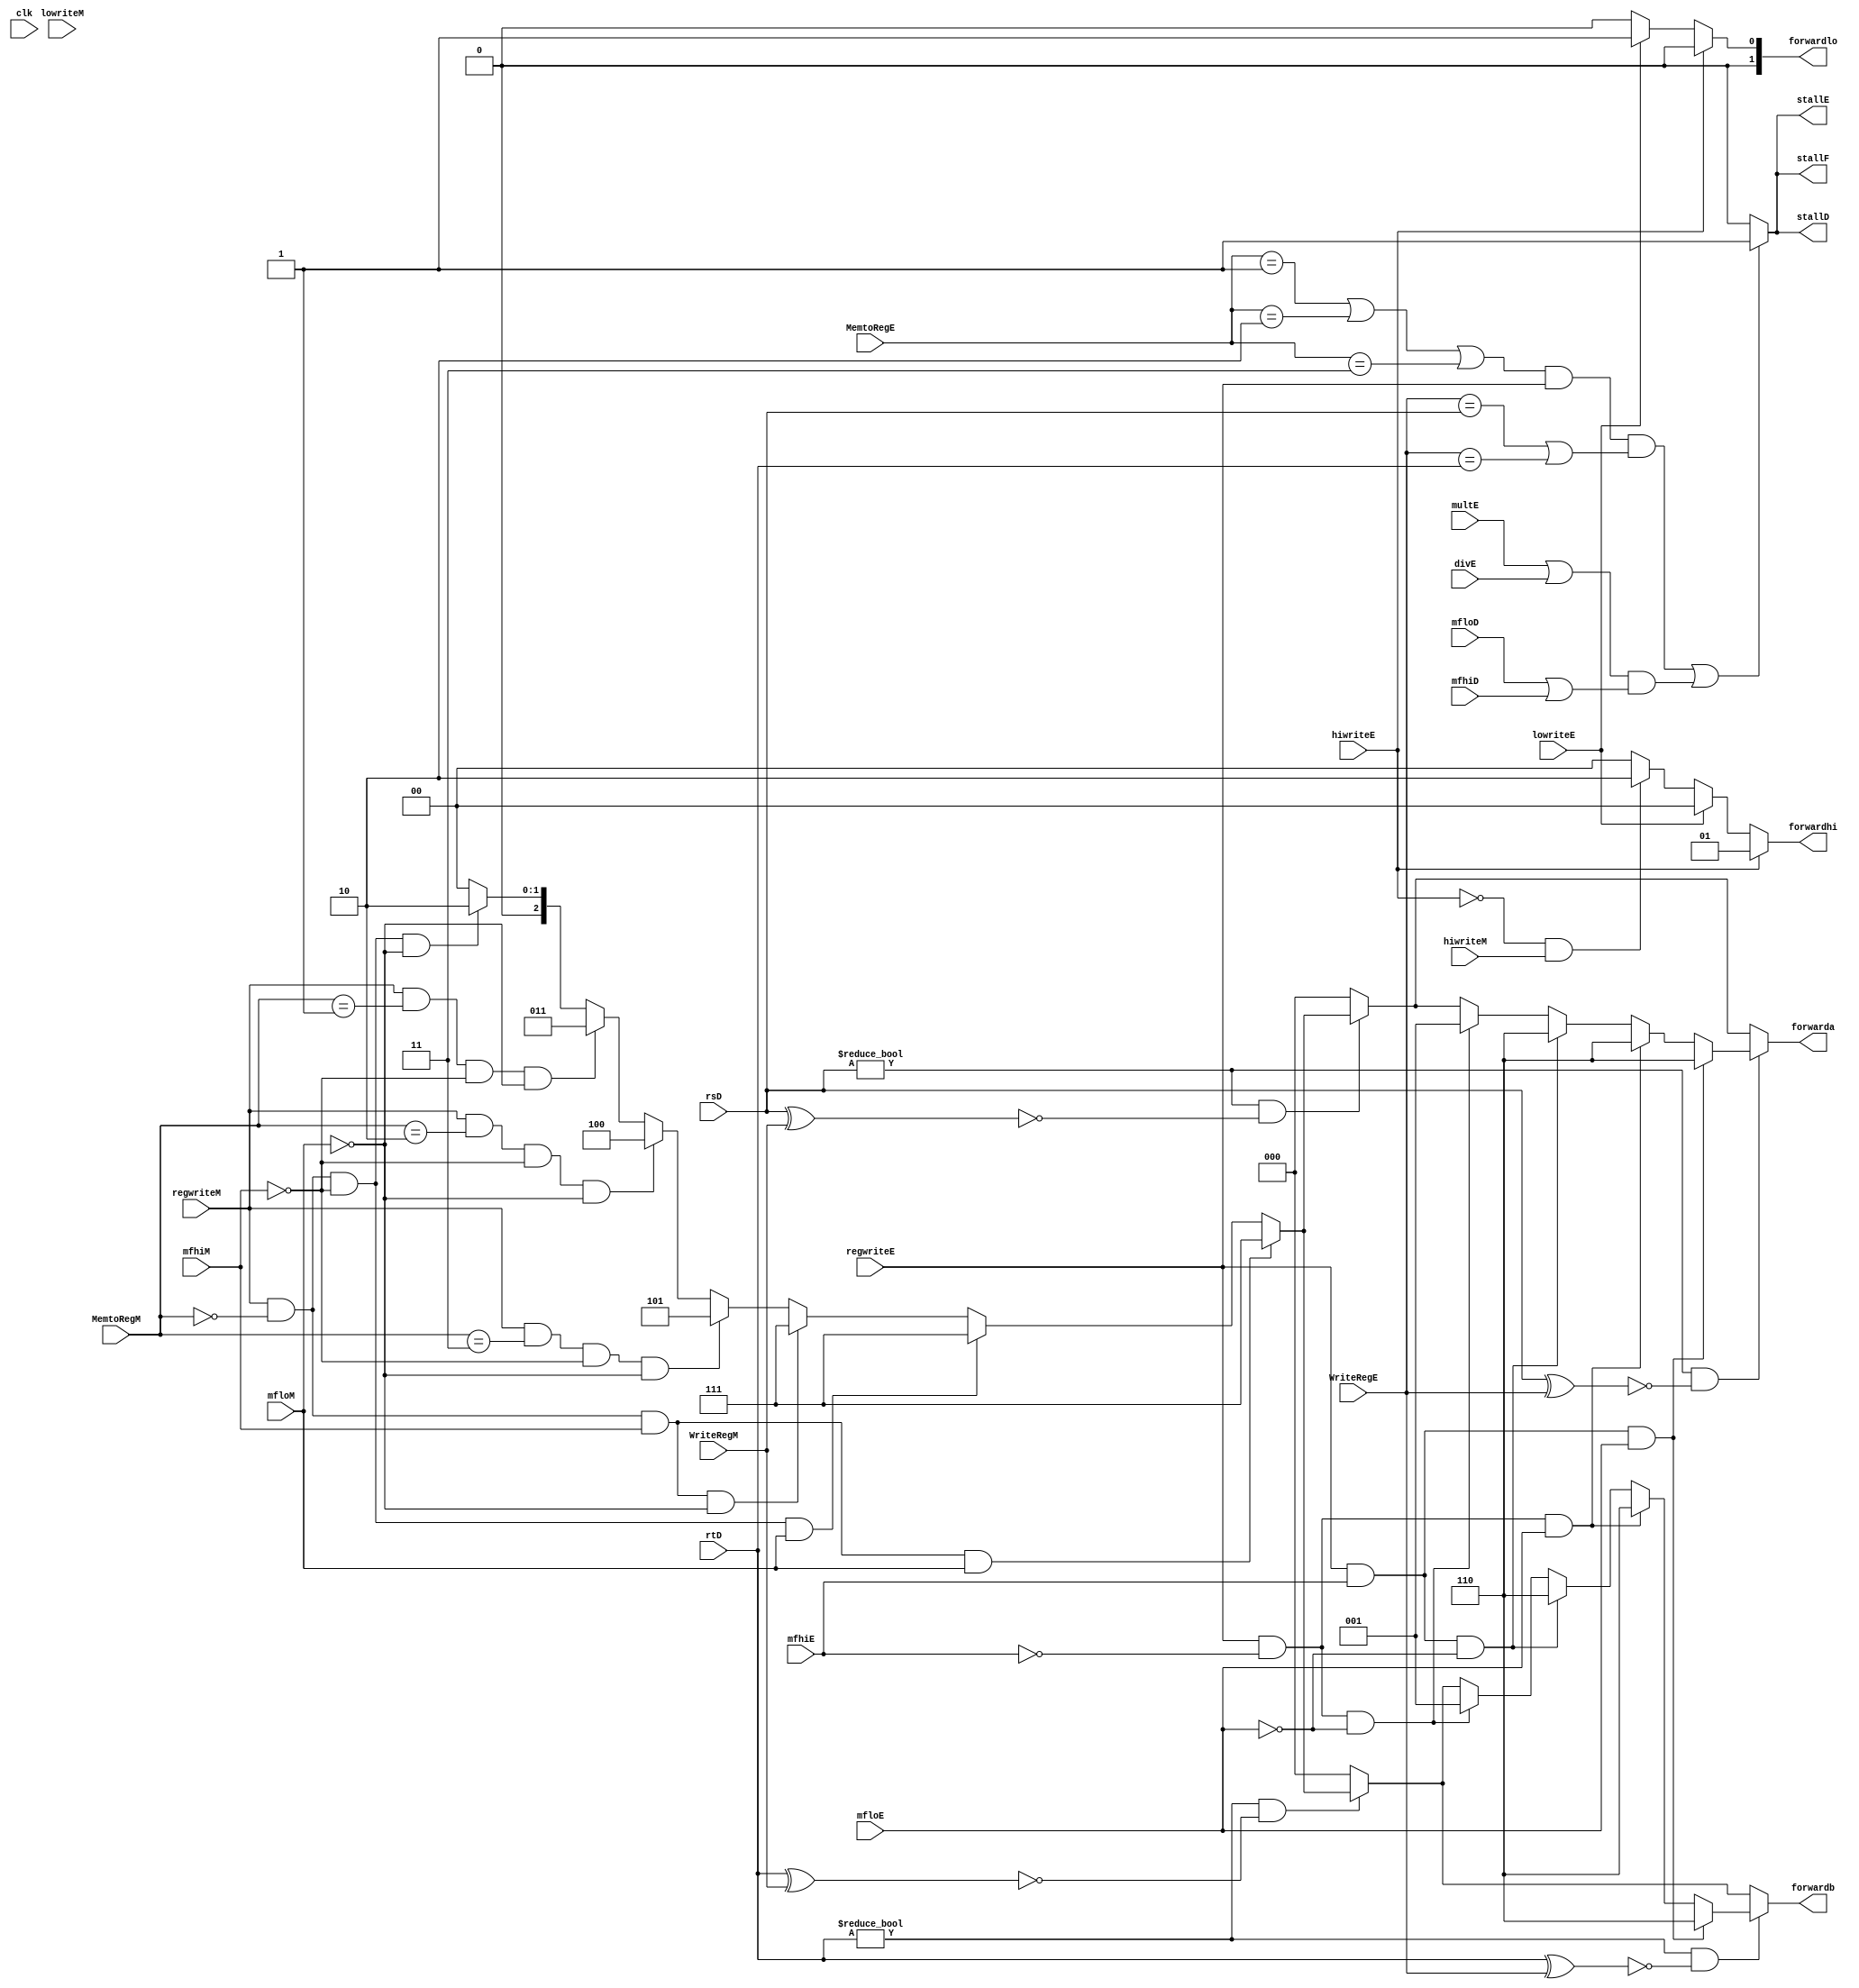
`timescale 1ns / 1ps

module HazardUnit (
    input clk,
    input[1:0] MemtoRegE,
    input[1:0] MemtoRegM,
    input[4:0] rtD,
    input[4:0] rsD,
    input[4:0] WriteRegE,
    input[4:0] WriteRegM,
    input hiwriteE,
    input hiwriteM,
    input lowriteE,
    input lowriteM,
    input mfhiE,
    input mfhiM,
    input mfloE,
    input mfloM,
    input regwriteE,
    input regwriteM,
    //
    input multE,
    input divE,
    input mfloD,
    input mfhiD,
    //
    output reg stallF,
    output reg stallD,
    output reg stallE,
    output reg[2:0] forwarda,
    output reg[2:0] forwardb,
    output reg[1:0] forwardhi,
    output reg[1:0] forwardlo
);
    reg tostart = 0;
    always @(*) 
    begin
        stallF = ((MemtoRegE == 2'b01 || MemtoRegE == 2'b10 || MemtoRegE == 2'b11) && (regwriteE) && (WriteRegE == rsD || WriteRegE == rtD))
                    || ((multE || divE) && (mfloD || mfhiD))? 1 : 0;
        stallD = stallF;
        stallE = stallF;
        forwarda = 0;
        if(rsD != 5'b00000 && !(rsD ^ WriteRegM))
        begin
            if(regwriteM && MemtoRegM == 2'b00 && !mfhiM && !mfloM)
                forwarda = 3'b010;
            if(regwriteM && MemtoRegM == 2'b01 && !mfhiM && !mfloM)
                forwarda = 3'b011;
            if(regwriteM && MemtoRegM == 2'b10 && !mfhiM && !mfloM)
                forwarda = 3'b100;
            if(regwriteM && MemtoRegM == 2'b11 && !mfhiM && !mfloM)
                forwarda = 3'b101;
            if(regwriteM && MemtoRegM == 2'b00 && mfhiM && !mfloM)
                forwarda = 3'b111;
            if(regwriteM && MemtoRegM == 2'b00 && !mfhiM && mfloM)
                forwarda = 3'b111;
            if(regwriteM && MemtoRegM == 2'b00 && mfhiM && mfloM)
                forwarda = 3'b111;
        end
        //the order of if-else statement is vital!!! Otherwise it may forward wrong data, for instance add $1,$1,$1;add $1,$1,$1;add $1,$1,$1;
        if(rsD != 5'b00000 && !(rsD ^ WriteRegE))  
        begin
            if(regwriteE && !mfhiE && !mfloE)
            begin
                forwarda = 3'b001;
            end
            if(regwriteE && mfhiE && !mfloE)
                forwarda = 3'b110;
            if(regwriteE && !mfhiE && mfloE)
                forwarda = 3'b110;
            if(regwriteE && mfhiE && mfloE)
                forwarda = 3'b110;
        end

        forwardb = 0;
        if(rtD != 5'b00000 && !(rtD ^ WriteRegM))
        begin
            if(regwriteM && MemtoRegM == 2'b00 && !mfhiM && !mfloM)
                forwardb = 3'b010;
            if(regwriteM && MemtoRegM == 2'b01 && !mfhiM && !mfloM)
                forwardb = 3'b011;  
            if(regwriteM && MemtoRegM == 2'b10 && !mfhiM && !mfloM)
                forwardb = 3'b100; 
            if(regwriteM && MemtoRegM == 2'b11 && !mfhiM && !mfloM)
                forwardb = 3'b101; 
            if(regwriteM && MemtoRegM == 2'b00 && mfhiM && !mfloM)
                forwardb = 3'b111; 
            if(regwriteM && MemtoRegM == 2'b00 && !mfhiM && mfloM)
                forwardb = 3'b111; 
            if(regwriteM && MemtoRegM == 2'b00 && mfhiM && mfloM)
                forwardb = 3'b111; 
        end
        if(rtD != 5'b00000 && !(rtD ^ WriteRegE))
        begin
            if(regwriteE && !mfhiE && !mfloE)
                forwardb = 3'b001;
            if(regwriteE && mfhiE && !mfloE)
                forwardb = 3'b110;
            if(regwriteE && !mfhiE && mfloE)
                forwardb = 3'b110;
            if(regwriteE && mfhiE && mfloE)
                forwardb = 3'b110;
        end
        forwardlo = 2'b00;
        forwardhi = 2'b00;
        if(hiwriteE)
            forwardhi = 2'b01;
        else if(lowriteE)
            forwardlo = 2'b01;
        else if(!hiwriteE && hiwriteM)
            forwardhi = 2'b10;
        else if(!lowriteE && lowriteE)
            forwardlo = 2'b10;
    end
endmodule